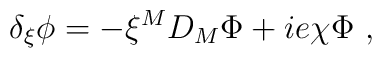
\delta_{\xi} \phi= -\xi^{M}D_M\Phi + i e  \chi\Phi~,